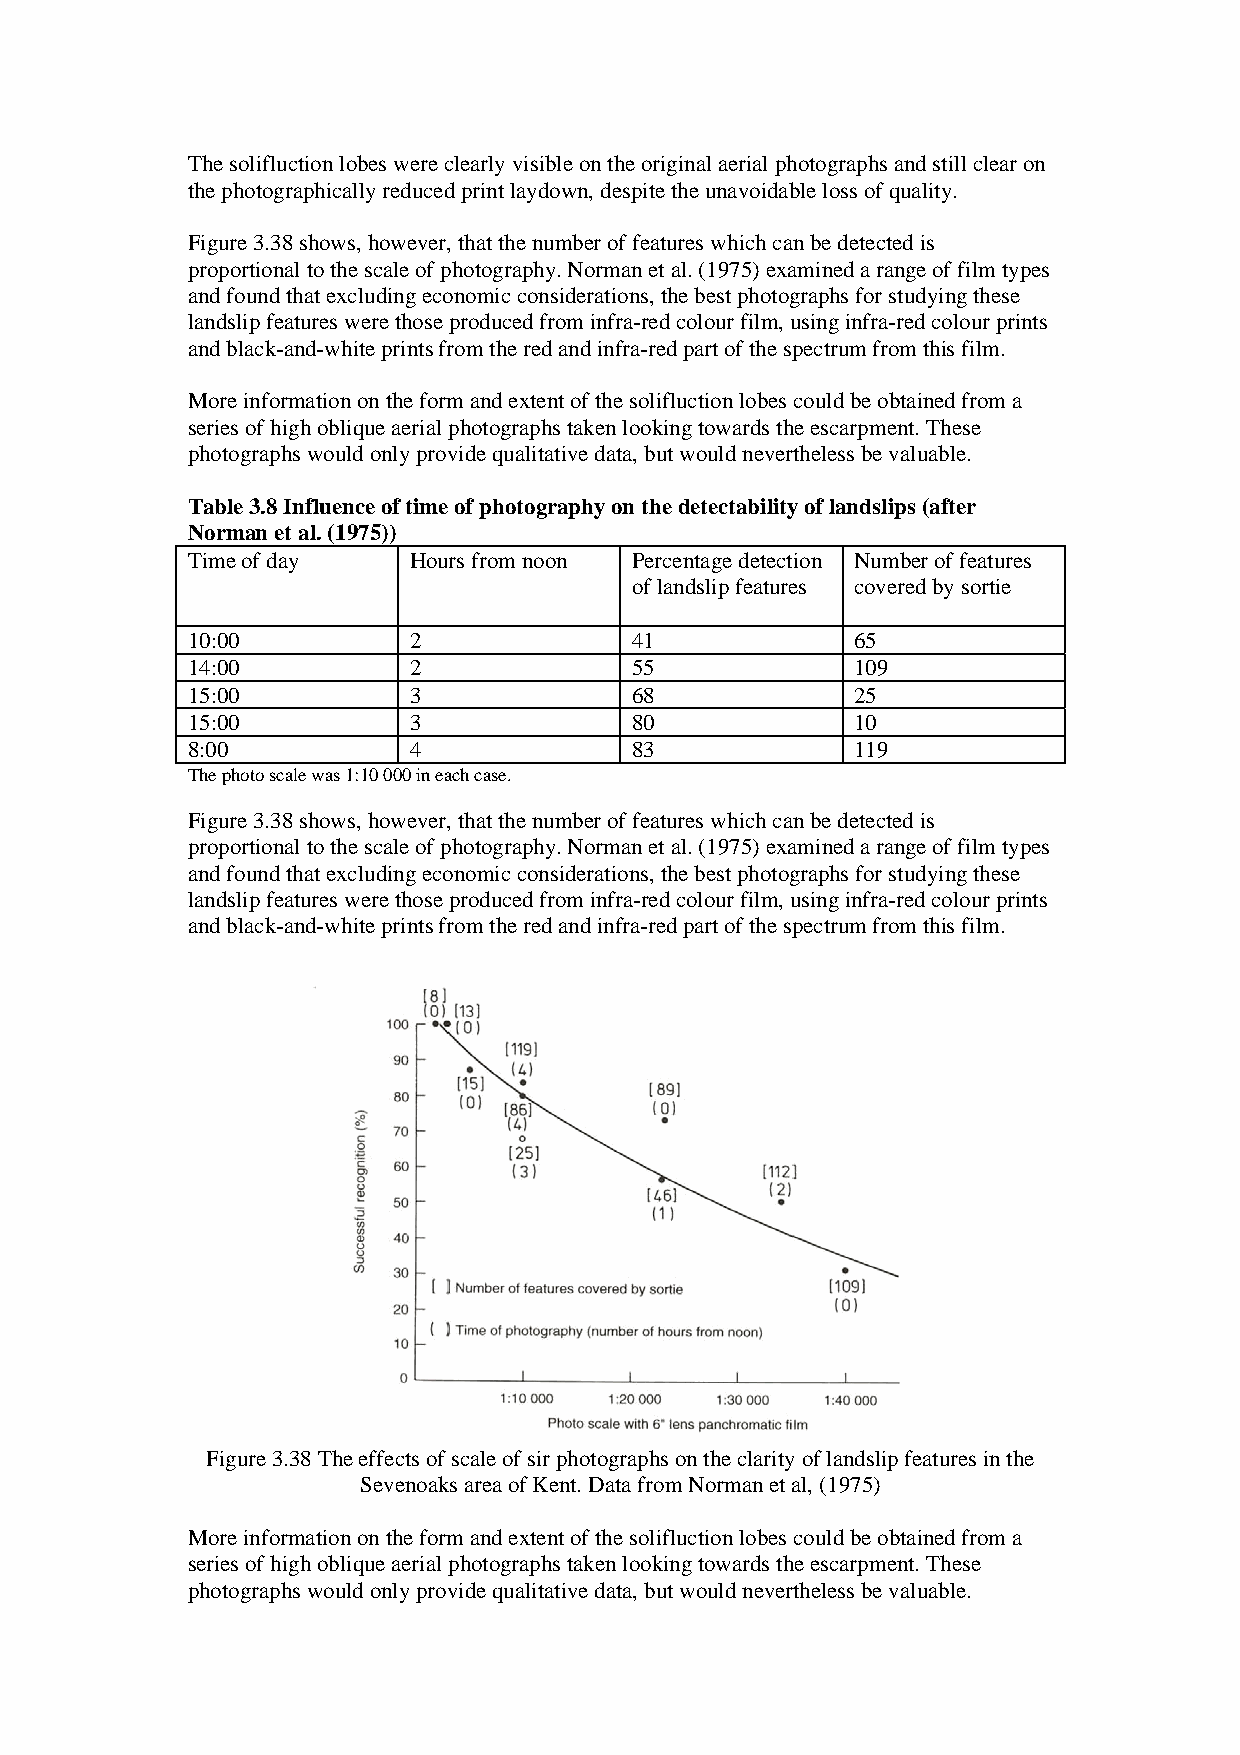
The solifluction lobes were clearly visible on the original aerial photographs and still clear on
 the photographically reduced print laydown, despite the unavoidable loss of quality.
 Figure 3.38 shows, however, that the number of features which can be detected is
 proportional to the scale of photography. Norman et al. (1975) examined a range of film types
 and found that excluding economic considerations, the best photographs for studying these
 landslip features were those produced from infra-red colour film, using infra-red colour prints
 and black-and-white prints from the red and infra-red part of the spectrum from this film.
 More information on the form and extent of the solifluction lobes could be obtained from a
 series of high oblique aerial photographs taken looking towards the escarpment. These
 photographs would only provide qualitative data, but would nevertheless be valuable.
 Table 3.8 Influence of time of photography on the detectability of landslips (after
 Norman et al. (1975))
 Time of day    Hours from noon Percentage detection Number of features
 of landslip features covered by sortie
 10:00          2              41             65
 14:00          2              55             109
 15:00          3              68             25
 15:00          3              80             10
 8:00           4              83             119
 The photo scale was 1:10 000 in each case.
 Figure 3.38 shows, however, that the number of features which can be detected is
 proportional to the scale of photography. Norman et al. (1975) examined a range of film types
 and found that excluding economic considerations, the best photographs for studying these
 landslip features were those produced from infra-red colour film, using infra-red colour prints
 and black-and-white prints from the red and infra-red part of the spectrum from this film.
 Figure 3.38 The effects of scale of sir photographs on the clarity of landslip features in the
 Sevenoaks area of Kent. Data from Norman et al, (1975)
 More information on the form and extent of the solifluction lobes could be obtained from a
 series of high oblique aerial photographs taken looking towards the escarpment. These
 photographs would only provide qualitative data, but would nevertheless be valuable.